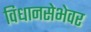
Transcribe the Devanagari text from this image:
विधानसेभेवर